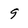
Character: 9